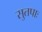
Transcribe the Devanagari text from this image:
सुतपाः